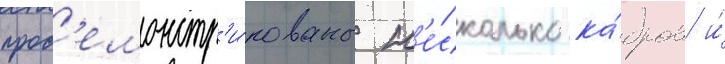
прод'емонстр'и́рованы н'е́сколько ка́дров и́